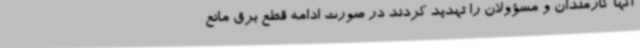
آنها کارمندان و مسؤولان را تهدید کردند در صورت ادامه قطع برق مانع